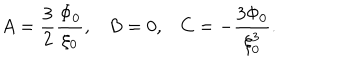
A = \frac { 3 } { 2 } \frac { \Phi _ { 0 } } { \xi _ { 0 } } , B = 0 , C = - \frac { 3 \Phi _ { 0 } } { \xi _ { 0 } ^ { 3 } } .